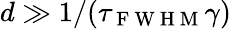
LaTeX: d\gg 1/(\tau_{\mathrm{~F~W~H~M~}}\gamma)